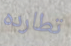
تطارده